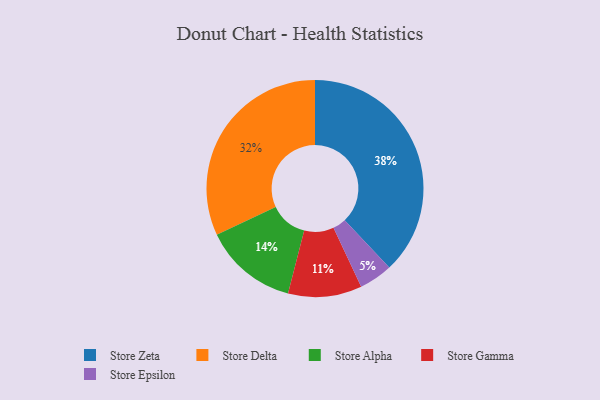
{"axis": {"x": "Category", "y": "Percentage"}, "legend": ["Store Alpha", "Store Delta", "Store Epsilon", "Store Gamma", "Store Zeta"], "data": [{"x": "Store Epsilon", "y": 5, "type": "Store Epsilon"}, {"x": "Store Delta", "y": 32, "type": "Store Delta"}, {"x": "Store Gamma", "y": 11, "type": "Store Gamma"}, {"x": "Store Zeta", "y": 38, "type": "Store Zeta"}, {"x": "Store Alpha", "y": 14, "type": "Store Alpha"}]}